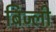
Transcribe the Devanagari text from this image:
बिज्ली